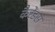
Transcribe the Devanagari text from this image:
कैरेंडस